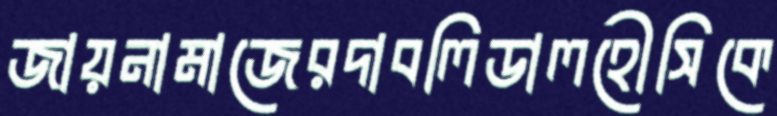
জায়নামাজেরদাবলিডালহৌসিকে